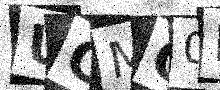
Text: UGMC0M